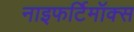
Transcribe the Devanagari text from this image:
नाइफर्टिमॉक्स